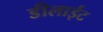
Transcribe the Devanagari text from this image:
डीलाईट